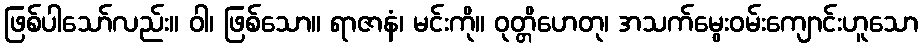
ဖြစ်ပါသော်လည်း။ ဝါ၊ ဖြစ်သော။ ရာဇာနံ၊ မင်းကို။ ဝုတ္တိဟေတု၊ အသက်မွေးဝမ်းကျောင်းဟူသော